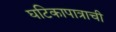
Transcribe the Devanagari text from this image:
घटिकापात्राची